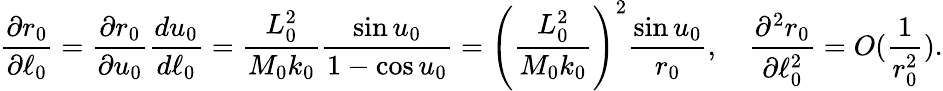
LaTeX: \frac{\partial r_{0}}{\partial\ell_{0}}=\frac{\partial r_{0}}{\partial u_{0}}\frac{du_{0}}{d\ell_{0}}=\frac{L_{0}^{2}}{M_{0}k_{0}}\frac{\sin u_{0}}{1-\cos u_{0}}=\left(\frac{L_{0}^{2}}{M_{0}k_{0}}\right)^{2}\frac{\sin u_{0}}{r_{0}},\quad\frac{\partial^{2}r_{0}}{\partial\ell_{0}^{2}}=O(\frac{1}{r_{0}^{2}}).